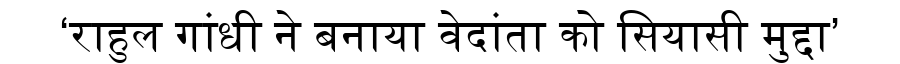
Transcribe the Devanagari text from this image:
‘राहुल गांधी ने बनाया वेदांता को सियासी मुद्दा’